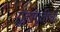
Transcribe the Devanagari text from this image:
गुंतागुतीची